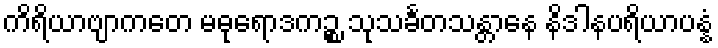
ကိရိယာဗျာကတေ မဓုရောဒကဉ္စ သုသင်္ခတသန္တာနေ နိဒါနပရိယာပန္နံ